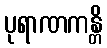
ပုရာဏကန္တိ